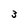
Character: 3